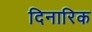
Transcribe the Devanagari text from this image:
दिनारिक